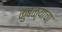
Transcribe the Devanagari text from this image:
कुंबळ्याचा